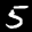
Label: 5